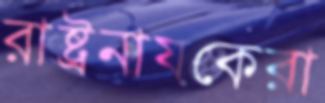
রাষ্ট্রনায়কেরা